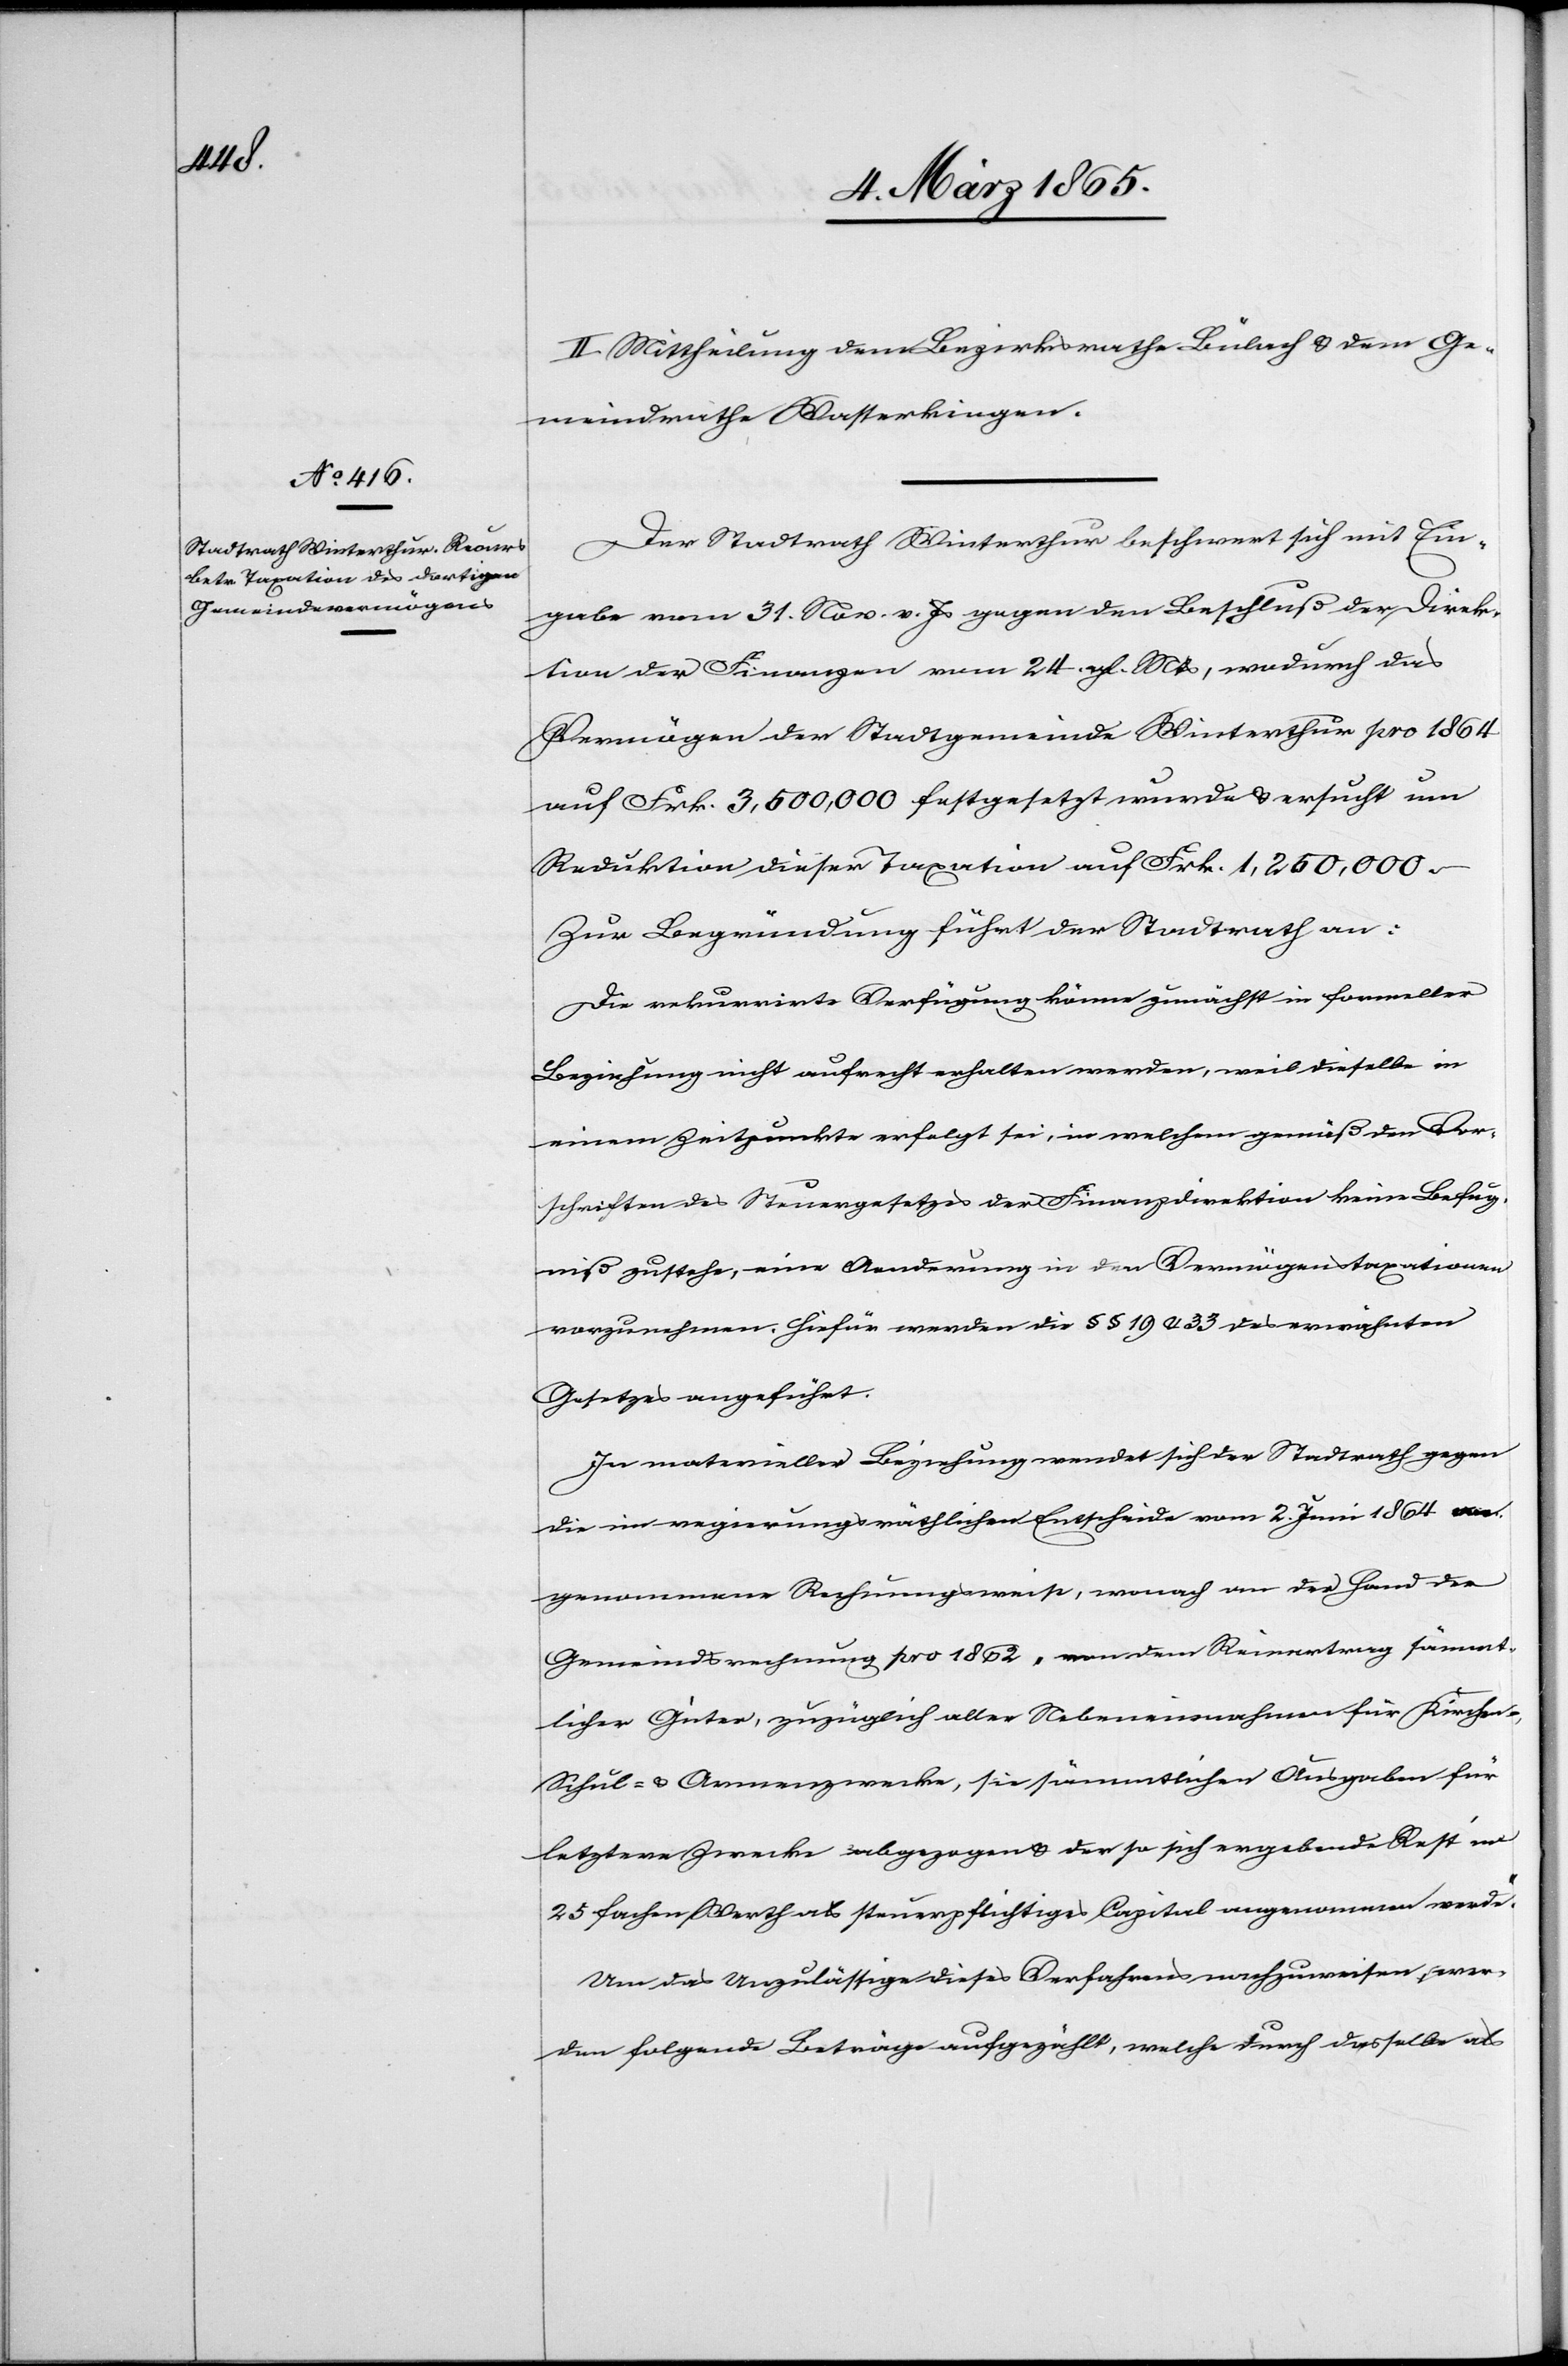
II. Mittheilung dem Bezirksrathe Bülach u. dem Ge¬
meindrathe Wasterkingen.
Der Stadtrath Winterthur beschwert sich mit Ein¬
gabe vom 31. Nov. v. Js gegen den Beschluß der Direk¬
tion der Finanzen vom 24. gl. Mts, wodurch das
Vermögen der Stadtgemeinde Winterthur pro 1864
auf Frk. 3,500,000 festgesetzt wurde u. ersucht um
Reduktion dieser Taxation auf Frk. 1,250,000.
Zur Begründung führt der Stadtrath an:
Die rekurrirte Verfügung könne zunächst in formeller
Beziehung nicht aufrecht erhalten werden, weil dieselbe in
einem Zeitpunkte erfolgt sei, in welchem gemäß den Vor¬
schriften des Steuergesetzes der Finanzdirektion keine Befug¬
niß zustehe, eine Aenderung in den Vermögenstaxationen
vorzunehmen. Hiefür werden die § § 19 u. 33 des erwähnten
Gesetzes angeführt.
In materieller Beziehung wendet sich der Stadtrath gegen
die im regierungsräthlichen Entscheide vom 2. Juni 1864 vor¬
genommene Rechnungsweise, wonach an der Hand der
Gemeindsrechnung pro 1862 „von dem Reinertrag sämmt¬
licher Güter, zuzüglich aller Nebeneinnahmen für Kirchen-,
Schul- u. Armenzwecke, sie sämmtlichen Ausgaben für
letztere Zwecke abgezogen u. der so sich ergebende Rest’ na
25 fachen Werth als steuerpflichtiges Capital angenommen werde.“
Um das Unzulässige dieses Verfahrens nachzuweisen, wer¬
den folgende Beträge aufgezählt, welche durch dasselbe als